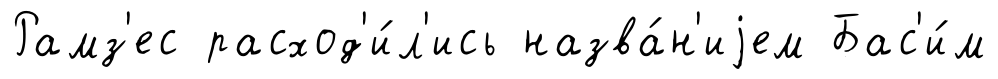
Рамз'ес расход'и́л'ись назва́н'иjем Бас'и́м